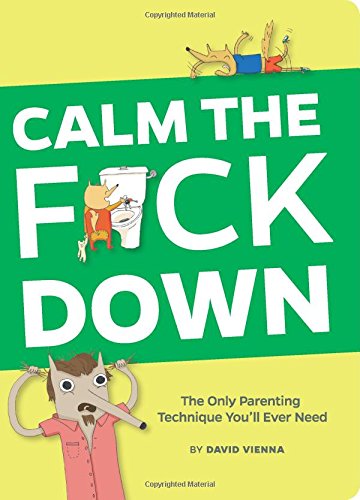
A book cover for Calm the F*ck Down: The Only Parenting Technique You'll Ever Need; David Vienna; Humor & Entertainment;